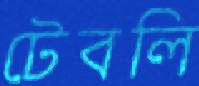
টেবলি